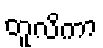
တူလိကာ